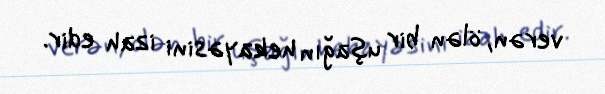
verən, ölən bir uşağın hekayəsini izah edir.